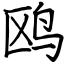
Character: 鸥